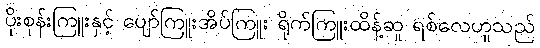
ပိုးစုန်းကြူးနှင့် ပျော်ကြူးအိပ်ကြူး ရိုက်ကြူးထိန့်ဆူ ရစ်လေဟူသည်